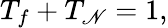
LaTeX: T_{f}+T_{\mathscr{N}}=1,